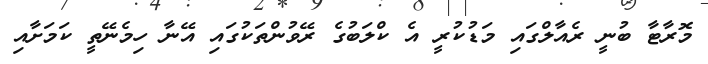
މޮރާޓާ ބުނީ ރެއާލްގައި މަޑުކުރީ އެ ކްލަބުގެ ރޭވުންތަކުގައި އޭނާ ހިމެނޭތީ ކަމަށާއި